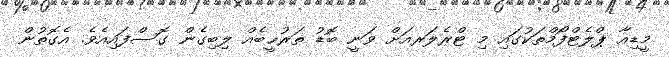
މީޑިއާ ޕްލެޓްފޯމްތަކުގައި މި ޓްރެލަރއަށް ވަނީ ބޮޑު ތަރުޙީބެއް ލިބިގެން ގޮސްފައިއެވެ. އެގޮތުން